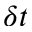
\delta t